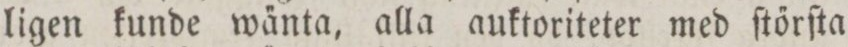
ligen kunde wa̋nta, alla auktoriteter med ſtőrſta